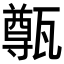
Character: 𤮐